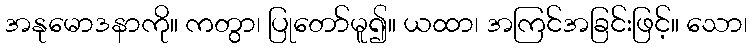
အနုမောဒနာကို။ ကတွာ၊ ပြုတော်မူ၍။ ယထာ၊ အကြင်အခြင်းဖြင့်။ သော၊